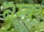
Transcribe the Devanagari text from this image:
नम्ब्र्‍र